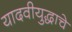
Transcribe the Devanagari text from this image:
यादवीयुद्धाचे